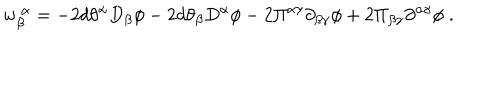
{ w } _ { \beta } ^ { ~ \alpha } = - 2 d \theta ^ { \alpha } D _ { \beta } \phi - 2 d \theta _ { \beta } D ^ { \alpha } \phi - 2 \Pi ^ { \alpha \dot { \gamma } } \partial _ { \beta \dot { \gamma } } \phi + 2 \Pi _ { \beta \dot { \gamma } } \partial ^ { \alpha \dot { \gamma } } \phi \; .